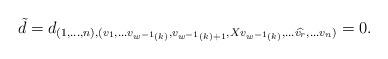
LaTeX: \begin{align*}\tilde{d}=d_{(1,\ldots, n),(v_1, \ldots v_{w^{-1}(k)},v_{w^{-1}(k)+1}, Xv_{w^{-1}(k)},\ldots \widehat{v_{r}}, \ldots v_n)}=0.\end{align*}